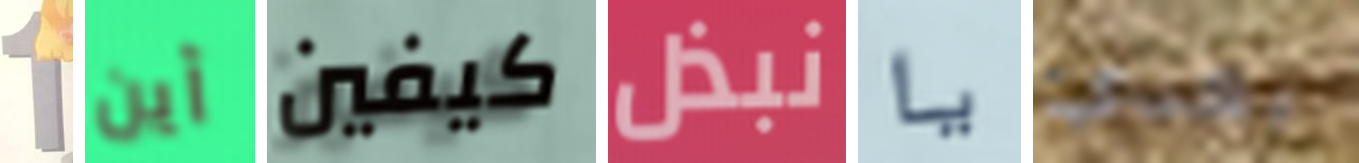
1 أين كيفين نبذل يا بعدي